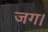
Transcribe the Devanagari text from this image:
जग।